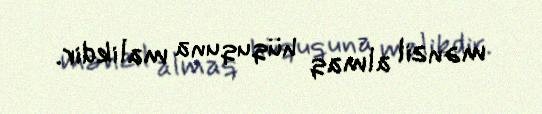
mənzil almaq hüququna malikdir.